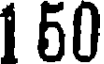
1 50